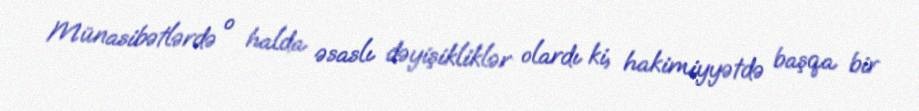
Münasibətlərdə o halda əsaslı dəyişikliklər olardı ki, hakimiyyətdə başqa bir